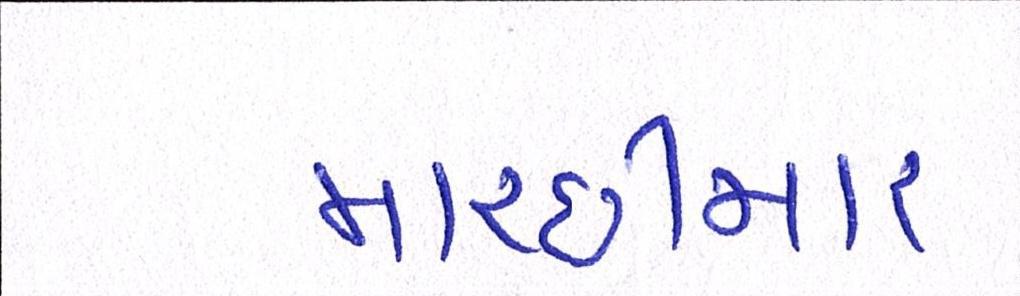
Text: માચ્છીમાર